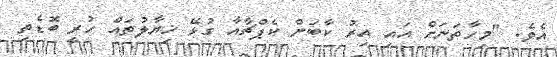
އެވެ. "މިހާތަނަށް އައި އިރު ކާބަން ކެޕްޗާއާ ގުޅޭ ޚިޔާލުތައް ހުރީ ބޮޑެތި